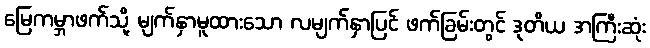
မြေကမ္ဘာဖက်သို့ မျက်နှာမူထားသော လမျက်နှာပြင် ဖက်ခြမ်းတွင် ဒုတိယ အကြီးဆုံး